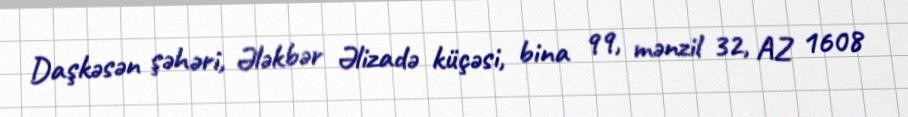
Daşkəsən şəhəri, Ələkbər Əlizadə küçəsi, bina 99, mənzil 32, AZ 1608